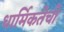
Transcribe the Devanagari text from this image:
धार्मिकतेची